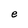
Character: e